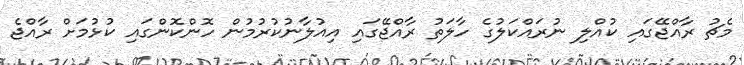
މެޗު ރާއްޖޭގައި ކުއްލި ނުރައްކަލުގެ ހާލަތު ރާއްޖޭގައި އިއުލާނުކުރުމުން ހޮންކޮންގައި ކުޅުމަށް ރާއްޖެ